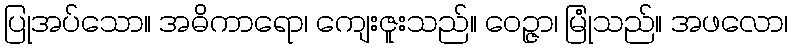
ပြုအပ်သော။ အဓိကာရော၊ ကျေးဇူးသည်။ ဝေဉ္ဇာ၊ မြုံသည်။ အဖလော၊